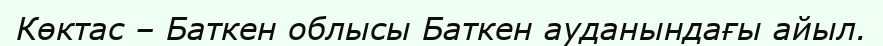
Көктас – Баткен облысы Баткен ауданындағы айыл.